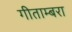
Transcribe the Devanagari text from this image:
गीताम्बरा